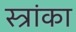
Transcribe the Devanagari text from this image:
स्त्रांका